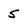
Character: 5